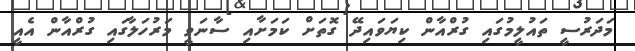
މަދަރުސީ ތައުލީމުގައި ގުރްއާން ކިޔަވައިދޭ ގޮތަށް ކަމަށާއި ސާނަވީ މަރުހަލާގައި ގުރްއާން އެއީ